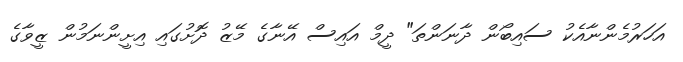
އަހަރުމެންނާއެކު ސައިބޯން ދާނަންތަ" ދީމް އައިސް އޭނާގެ މޭޒު ދޮށުގައި އިށީންނަމުން ޒީވާގެ